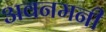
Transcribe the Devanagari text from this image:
अवनमनी